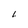
Character: h